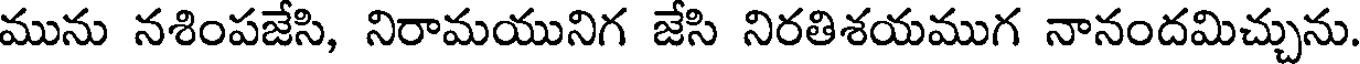
మును నశింపజేసి, నిరామయునిగ జేసి నిరతిశయముగ నానందమిచ్చును